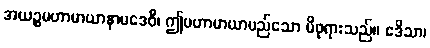
အယဉ္စမဟာမာယာနာမဒေဝီ၊ ဤမဟာမာယာမည်သော မိဖုရားသည်။ ဧဒိသာ၊